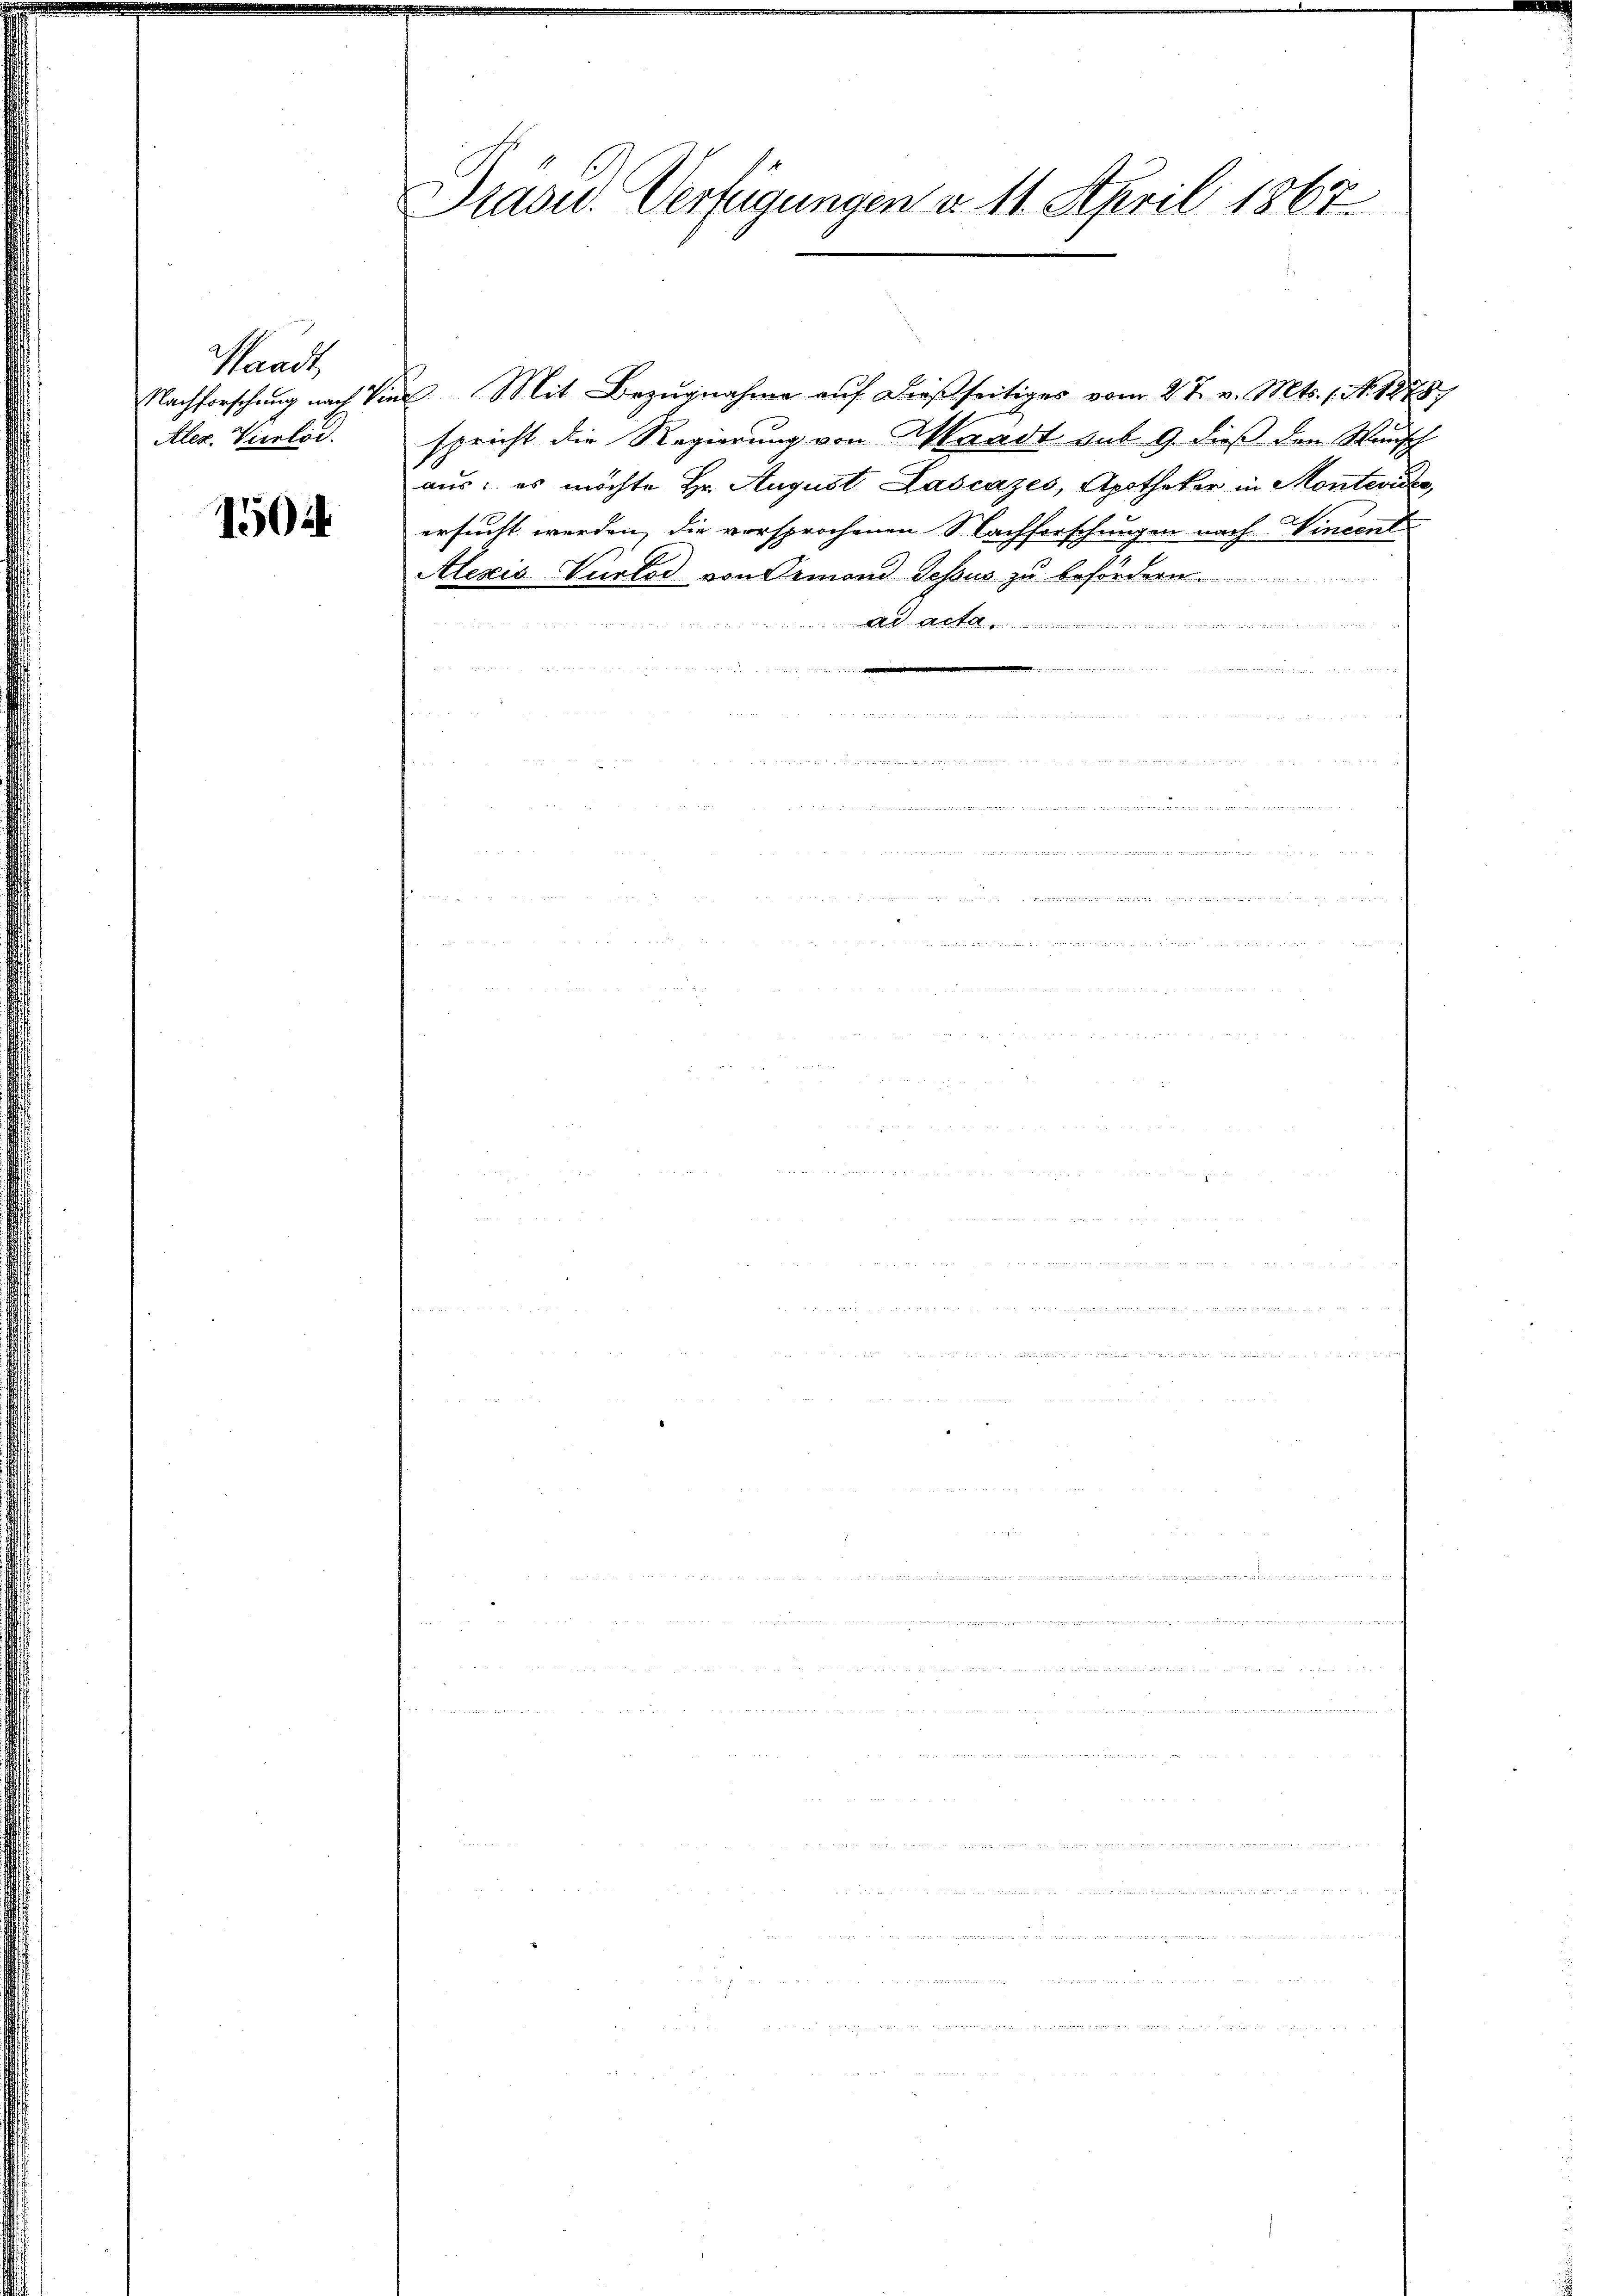
Standt
Nachforschung nach Vie
Aler. Vierlei

1504

Präsid. Verfügungen d. 11. April 1867.

I. Mit Bezugnahme auf dießseitiges vom 27. v. Mts. 1. No. 1875
spricht die Regierung von Waadt sub 9. dieß den Wunsch
aus: es möchte Hr. August Laščazes, Apotheker in Monteviden,
ersucht werden, die vorsprochenen Nachforschungen nach Wincent
Alezis Verlod von demand Tessus zu befördern.
.

n